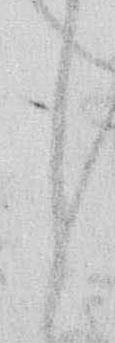
し